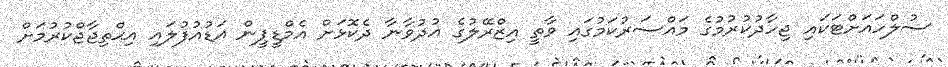
ސުލްހައަށްޓަކައި ޖިހާދުކުރުމުގެ މައްސަރުކަމުގައި ވާތީ އިޒްރޭލުގެ އުދުވާނާ ދެކޮޅަށް އެމްޑީޕީން އަޑުއުފުލައި އިޙްތިޖާޖްކުރުމަށް